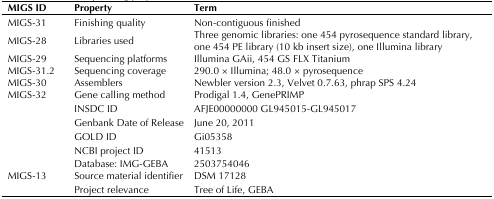
<table><thead><tr><td><b>MIGS ID</b></td><td><b>Property</b></td><td><b>Term</b></td></tr></thead><tbody><tr><td>MIGS-31</td><td>Finishing quality</td><td>Non-contiguous finished</td></tr><tr><td>MIGS-28</td><td>Libraries used</td><td>Three genomic libraries: one 454 pyrosequence standard library,one 454 PE library (10 kb insert size), one Illumina library</td></tr><tr><td>MIGS-29</td><td>Sequencing platforms</td><td>Illumina GAii, 454 GS FLX Titanium</td></tr><tr><td>MIGS-31.2</td><td>Sequencing coverage</td><td>290.0 × Illumina; 48.0 × pyrosequence</td></tr><tr><td>MIGS-30</td><td>Assemblers</td><td>Newbler version 2.3, Velvet 0.7.63, phrap SPS 4.24</td></tr><tr><td>MIGS-32</td><td>Gene calling method</td><td>Prodigal 1.4, GenePRIMP</td></tr><tr><td>[EMPTY_CELL]</td><td>INSDC ID</td><td>AFJE00000000 GL945015-GL945017</td></tr><tr><td>[EMPTY_CELL]</td><td>Genbank Date of Release</td><td>June 20, 2011</td></tr><tr><td>[EMPTY_CELL]</td><td>GOLD ID</td><td>Gi05358</td></tr><tr><td>[EMPTY_CELL]</td><td>NCBI project ID</td><td>41513</td></tr><tr><td>[EMPTY_CELL]</td><td>Database: IMG-GEBA</td><td>2503754046</td></tr><tr><td>MIGS-13</td><td>Source material identifier</td><td>DSM 17128</td></tr><tr><td>[EMPTY_CELL]</td><td>Project relevance</td><td>Tree of Life, GEBA</td></tr></tbody></table>